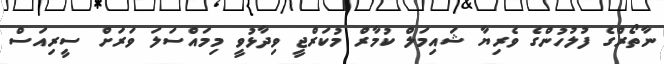
ނާތޯރްގެ ފުލުހުންގެ ވެރިޔާ ޝައިމަލް ކުމާރް މުކަރްޖީ ވިދާޅުވީ މިމައްސަލަ ވަރަށް ސީރިއަސް